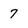
Character: 7